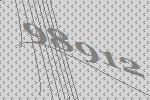
98912